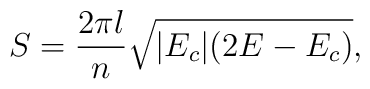
S=\frac{2\pi l}{n}\sqrt{|E_c|(2E-E_c)},